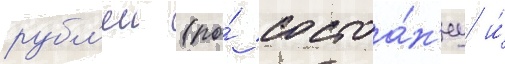
рубл'еи (по́ состоа́н'иу и́